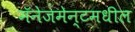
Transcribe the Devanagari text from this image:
मॅनेजमेन्टमधील